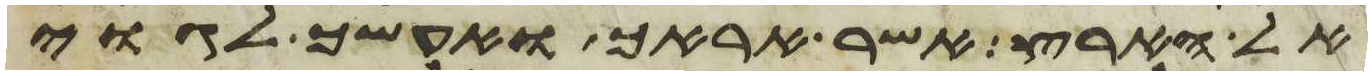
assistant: אל הארץ אשר אראך ואעשך לגוי